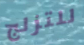
للتزلج